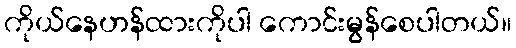
ကိုယ်နေဟန်ထားကိုပါ ကောင်းမွန်စေပါတယ်။